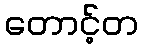
တောင့်တ